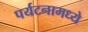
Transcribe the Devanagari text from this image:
पर्यटनामध्ये